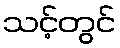
သင့်တွင်